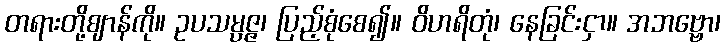
တရားတို့ဈာန်ကို။ ဥပသမ္ပဇ္ဇ၊ ပြည့်စုံစေ၍။ ဝိဟရိတုံ၊ နေခြင်းငှာ။ အဘဗ္ဗော၊